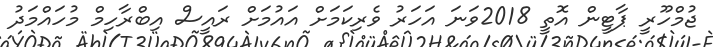
ޖުމްހޫރީ ޕާޓީން އޮތީ 2018ވަނަ އަހަރު ވެރިކަމަށް އައުމަށް ރައީސް އިބްރާހިމް މުހައްމަދު